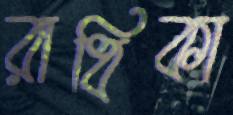
রাধিকা